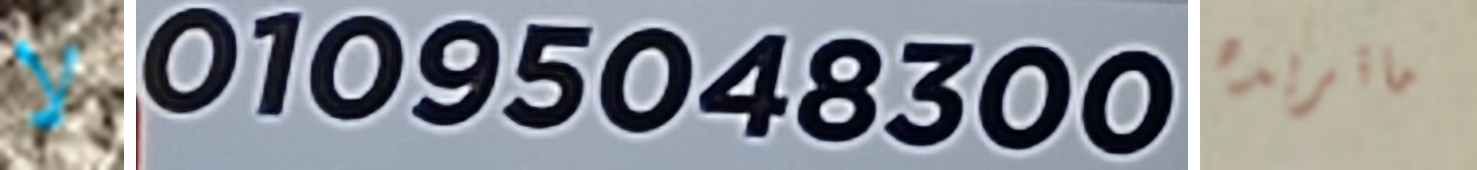
لا 01095048300 ماتريده